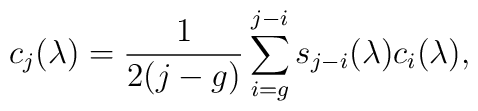
c_j(\lambda)={1\over2(j-g)}\sum_{i=g}^{j-i}s_{j-i}(\lambda)c_i(\lambda),